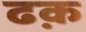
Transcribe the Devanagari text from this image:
ढक़